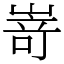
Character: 嵜